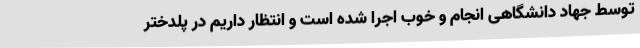
توسط جهاد دانشگاهی انجام و خوب اجرا شده است و انتظار داریم در پلدختر